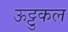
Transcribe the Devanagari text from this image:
ऊट्टुकल